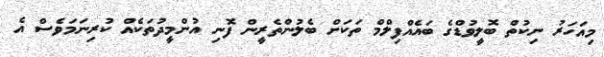
މިއަހަރު ނިކުތް ބޮލީވުޑްގެ ބައެއްފިލްމް ތަކަށް ބެލުންތެރީން ފޮނި އުންމީދުތަކެއް ކުރިނަމަވެސް އެ